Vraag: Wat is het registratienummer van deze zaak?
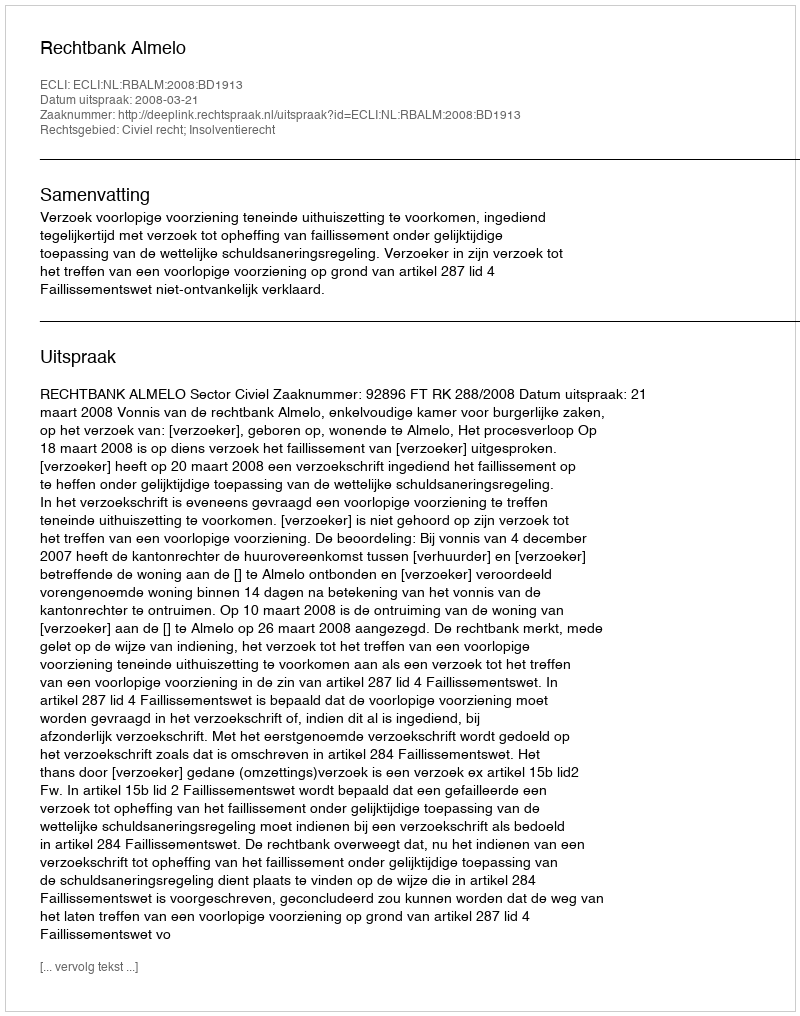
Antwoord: http://deeplink.rechtspraak.nl/uitspraak?id=ECLI:NL:RBALM:2008:BD1913